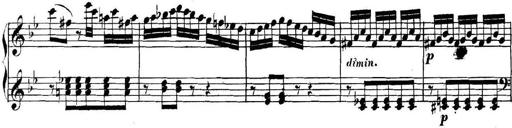
Title: Collected Piano Sonatas
Composer: Muzio Clementi